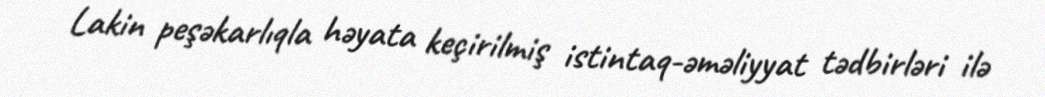
Lakin peşəkarlıqla həyata keçirilmiş istintaq-əməliyyat tədbirləri ilə